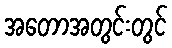
အတောအတွင်းတွင်